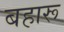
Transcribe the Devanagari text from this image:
बहारू